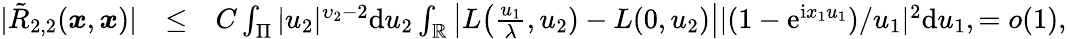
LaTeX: \begin{array}{rlr}{|\tilde{R}_{2,2}(\boldsymbol{x},\boldsymbol{x})|}&{\le}&{C\int_{\Pi}|u_{2}|^{\upsilon_{2}-2}\mathrm du_{2}\int_{\mathbb{R}}\big|L\big(\frac{u_{1}}{\lambda},u_{2})-L(0,u_{2})\big||(1-\mathrm e^{\mathrm ix_{1}u_{1}})/u_{1}|^{2}\mathrm du_{1},=o(1),}\end{array}